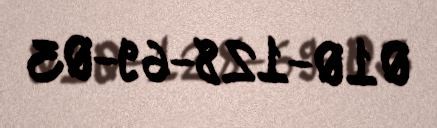
010-128-69-03